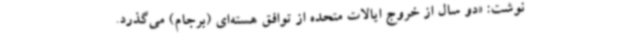
نوشت: «دو سال از خروج ایالات متحده از توافق هسته‌ای (برجام) می‌گذرد.